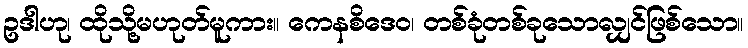
ဥဒါဟု၊ ထိုသို့မဟုတ်မူကား။ ကေနစိဒေဝ၊ တစ်ခုံတစ်ခုသောလျှင်ဖြစ်သော။